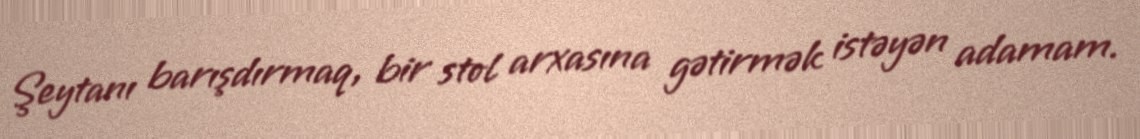
Şeytanı barışdırmaq, bir stol arxasına gətirmək istəyən adamam.